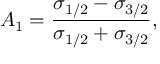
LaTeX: A _ { 1 } = \frac { \sigma _ { 1 / 2 } - \sigma _ { 3 / 2 } } { \sigma _ { 1 / 2 } + \sigma _ { 3 / 2 } } ,